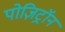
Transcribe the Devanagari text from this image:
पोज़िट्रॉन